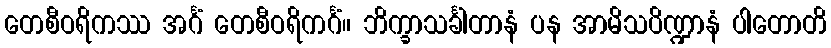
တေစီဝရိကဿ အင်္ဂံ တေစီဝရိကင်္ဂံ။ ဘိက္ခာသင်္ခါတာနံ ပန အာမိသပိဏ္ဍာနံ ပါတောတိ